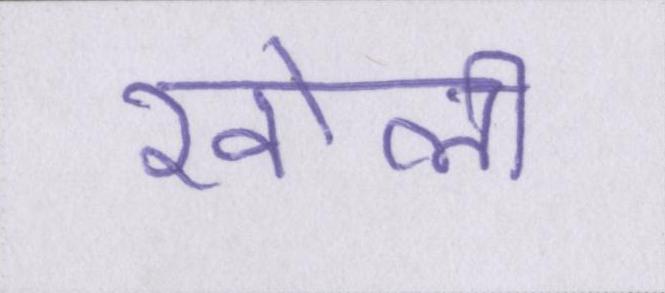
खोली